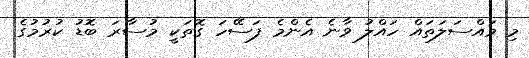
މި މައްސަލަތައް ހައްލު ވާނެ އެންމެ ފަސޭހަ ގޮތަކީ މުސާރަ ބޮޑު ކުރުމުގެ